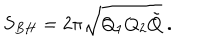
S _ { B H } = 2 \pi \sqrt { Q _ { 1 } Q _ { 2 } \tilde { Q } } \ .